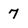
Character: 7